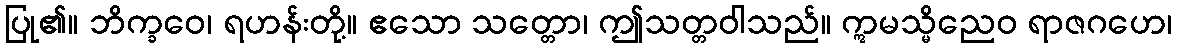
ပြု၏။ ဘိက္ခဝေ၊ ရဟန်းတို့။ ဧသော သတ္တော၊ ဤသတ္တဝါသည်။ ဣမသ္မိညေဝ ရာဇဂဟေ၊